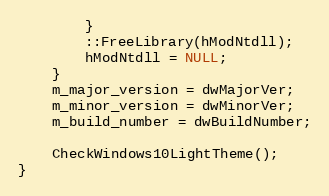
Language: C++
		}
		::FreeLibrary(hModNtdll);
		hModNtdll = NULL;
	}
	m_major_version = dwMajorVer;
	m_minor_version = dwMinorVer;
	m_build_number = dwBuildNumber;

	CheckWindows10LightTheme();
}